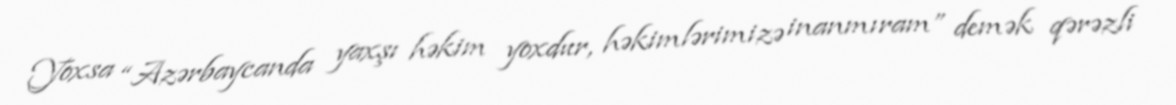
Yoxsa “Azərbaycanda yaxşı həkim yoxdur, həkimlərimizə inanmıram” demək qərəzli